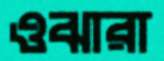
ওঝারা